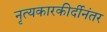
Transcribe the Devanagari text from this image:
नृत्यकारकीर्दीनंतर